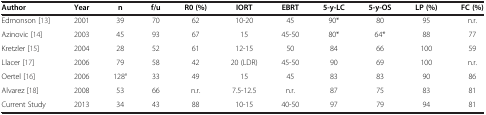
<table><thead><tr><td><b>Author</b></td><td><b>Year</b></td><td><b>n</b></td><td><b>f/u</b></td><td><b>R0 (%)</b></td><td><b>IORT</b></td><td><b>EBRT</b></td><td><b>5-y-LC</b></td><td><b>5-y-OS</b></td><td><b>LP (%)</b></td><td><b>FC (%)</b></td></tr></thead><tbody><tr><td>Edmonson [13]</td><td>2001</td><td>39</td><td>70</td><td>62</td><td>10-20</td><td>45</td><td>90*</td><td>80</td><td>95</td><td>n.r.</td></tr><tr><td>Azinovic [14]</td><td>2003</td><td>45</td><td>93</td><td>67</td><td>15</td><td>45-50</td><td>80*</td><td>64*</td><td>88</td><td>77</td></tr><tr><td>Kretzler [15]</td><td>2004</td><td>28</td><td>52</td><td>61</td><td>12-15</td><td>50</td><td>84</td><td>66</td><td>100</td><td>59</td></tr><tr><td>Llacer [17]</td><td>2006</td><td>79</td><td>58</td><td>42</td><td>20 (LDR)</td><td>45-50</td><td>90</td><td>69</td><td>100</td><td>n.r.</td></tr><tr><td>Oertel [16]</td><td>2006</td><td>128°</td><td>33</td><td>49</td><td>15</td><td>45</td><td>83</td><td>83</td><td>90</td><td>86</td></tr><tr><td>Alvarez [18]</td><td>2008</td><td>53</td><td>66</td><td>n.r.</td><td>7.5-12.5</td><td>n.r.</td><td>87</td><td>75</td><td>83</td><td>81</td></tr><tr><td>Current Study</td><td>2013</td><td>34</td><td>43</td><td>88</td><td>10-15</td><td>40-50</td><td>97</td><td>79</td><td>94</td><td>81</td></tr></tbody></table>